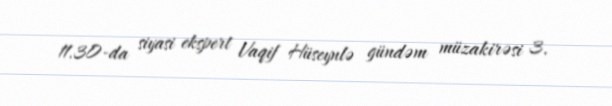
11.30-da siyasi ekspert Vaqif Hüseynlə gündəm müzakirəsi 3.